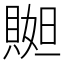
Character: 𧶬